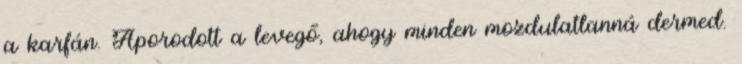
a karfán. Áporodott a levegő, ahogy minden mozdulatlanná dermed.